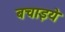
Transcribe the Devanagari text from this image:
बचाइये